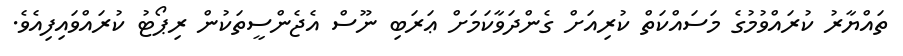
ތައްޔާރު ކުރައްވުމުގެ މަސައްކަތް ކުރިއަށް ގެންދަވާކަމަށް ޢަރަބި ނޫސް އެޖެންސީތަކުން ރިޕޯޓު ކުރައްވައިފިއެވެ.